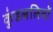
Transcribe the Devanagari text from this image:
कुंडललियों